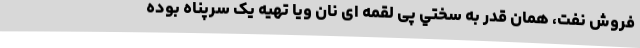
فروش نفت، همان قدر به سختي پی لقمه ای نان ویا تهیه یک سرپناه بوده